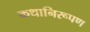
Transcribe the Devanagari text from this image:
कथानिरूपण